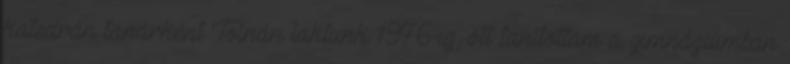
katedrán tanárként Tolnán laktunk 1976-ig, ott tanítottam a gimnáziumban